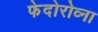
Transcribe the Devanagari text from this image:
फेदोरोव्ना